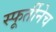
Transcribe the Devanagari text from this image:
स्फूर्तीनेच